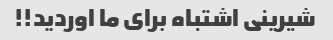
شیرینی اشتباه برای ما اوردید!!